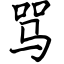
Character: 骂